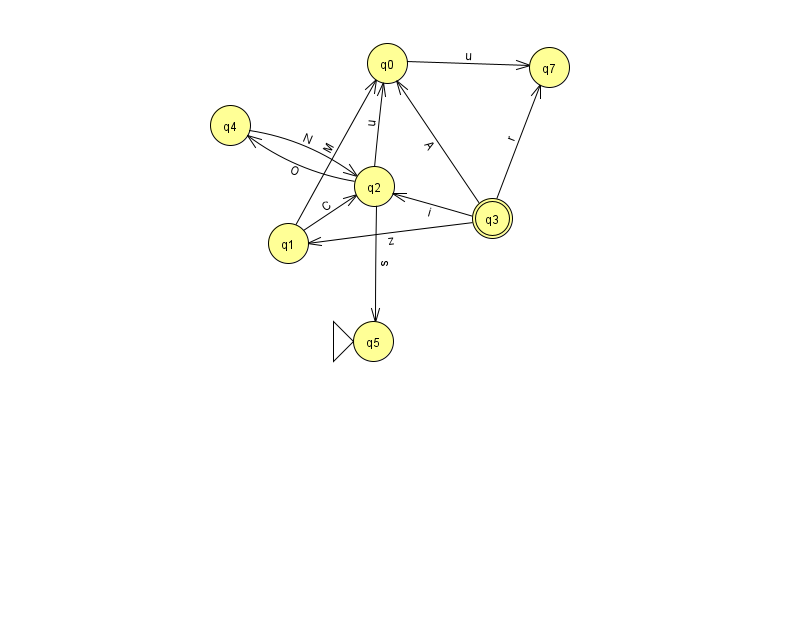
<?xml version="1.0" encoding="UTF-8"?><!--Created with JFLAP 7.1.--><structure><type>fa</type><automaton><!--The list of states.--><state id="0" name="q0"><x>387.0</x><y>50.0</y></state><state id="1" name="q1"><x>288.0</x><y>230.0</y></state><state id="2" name="q2"><x>374.0</x><y>173.0</y></state><state id="3" name="q3"><x>492.0</x><y>205.0</y><final/></state><state id="4" name="q4"><x>230.0</x><y>112.0</y></state><state id="5" name="q5"><x>373.0</x><y>328.0</y><initial/></state><state id="7" name="q7"><x>549.0</x><y>54.0</y></state><!--The list of transitions.--><transition><from>2</from><to>0</to><read>u</read></transition><transition><from>1</from><to>2</to><read>C</read></transition><transition><from>3</from><to>2</to><read>i</read></transition><transition><from>4</from><to>2</to><read>N</read></transition><transition><from>2</from><to>4</to><read>O</read></transition><transition><from>3</from><to>1</to><read>z</read></transition><transition><from>3</from><to>7</to><read>r</read></transition><transition><from>0</from><to>7</to><read>u</read></transition><transition><from>1</from><to>0</to><read>M</read></transition><transition><from>3</from><to>0</to><read>A</read></transition><transition><from>2</from><to>5</to><read>s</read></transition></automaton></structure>